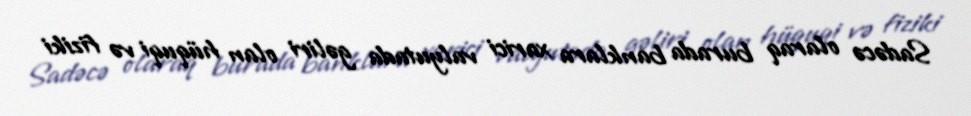
Sadəcə olaraq burada banklara xarici valyutada gəliri olan hüquqi və fiziki